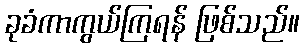
ခုခံကာကွယ်ကြရန် ဖြစ်သည်။